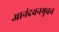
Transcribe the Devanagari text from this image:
आनंदवनभुवन